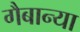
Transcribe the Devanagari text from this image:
गैबान्या